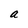
Character: a